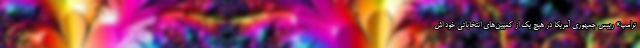
ترامپ» رییس جمهوری آمریکا در هیچ یک از کمپین‌های انتخاباتی خود اش